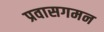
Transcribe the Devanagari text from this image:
प्रवासगमन